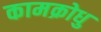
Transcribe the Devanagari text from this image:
कामक्रोधु